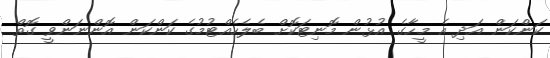
ކަންކަން އަދި އެ މީހާގެ އުޅުން މޮނިޓަކޮށް ބެލެހެއްޓުމުގެ ކަންކަން އޮންނަންވީ ގޮތް